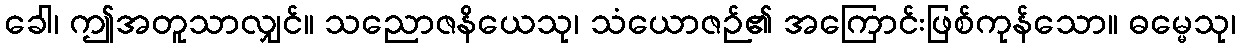
ခေါ၊ ဤအတူသာလျှင်။ သညောဇနိယေသု၊ သံယောဇဉ်၏ အကြောင်းဖြစ်ကုန်သော။ ဓမ္မေသု၊